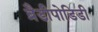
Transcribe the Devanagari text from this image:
ब्रैडीपोडिडी